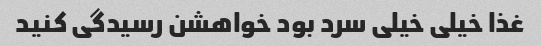
غذا خیلی خیلی سرد بود خواهشن رسیدگی کنید